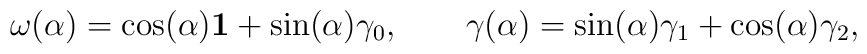
{\bf \omega}(\alpha) = \cos(\alpha) {\bf 1} + \sin(\alpha){\bf \gamma}_0,\qquad{\bf \gamma}(\alpha) = \sin(\alpha) {\bf \gamma}_1 +\cos(\alpha){\bf \gamma}_2,